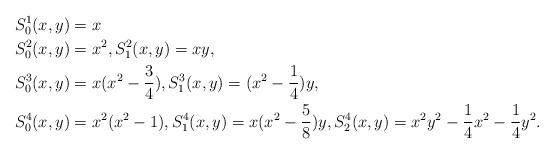
LaTeX: \begin{align*} &S_0^1(x,y) = x\\ &S_0^2(x,y) = x^2, S_1^2(x,y) = x y, \\ &S_0^3(x,y) = x (x^2-\frac{3}{4}), S_1^3(x,y) = (x^2 - \frac{1}{4}) y, \\ &S_0^4(x,y) = x^2(x^2-1), S_1^4(x,y) = x (x^2 - \frac{5}{8}) y, S_2^4(x,y) = x^2 y^2 - \frac{1}{4} x^2 - \frac{1}{4} y^2. \end{align*}